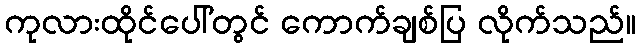
ကုလားထိုင်ပေါ်တွင် ကောက်ချစ်ပြ လိုက်သည်။